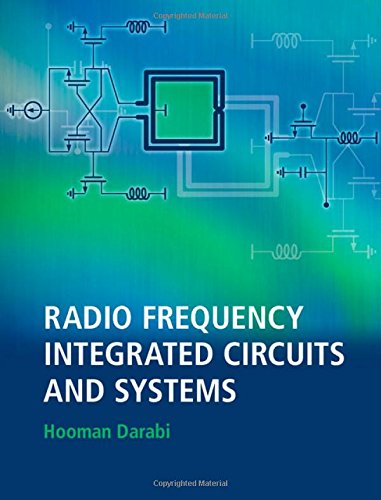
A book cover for Radio Frequency Integrated Circuits and Systems; Hooman Darabi; Crafts, Hobbies & Home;